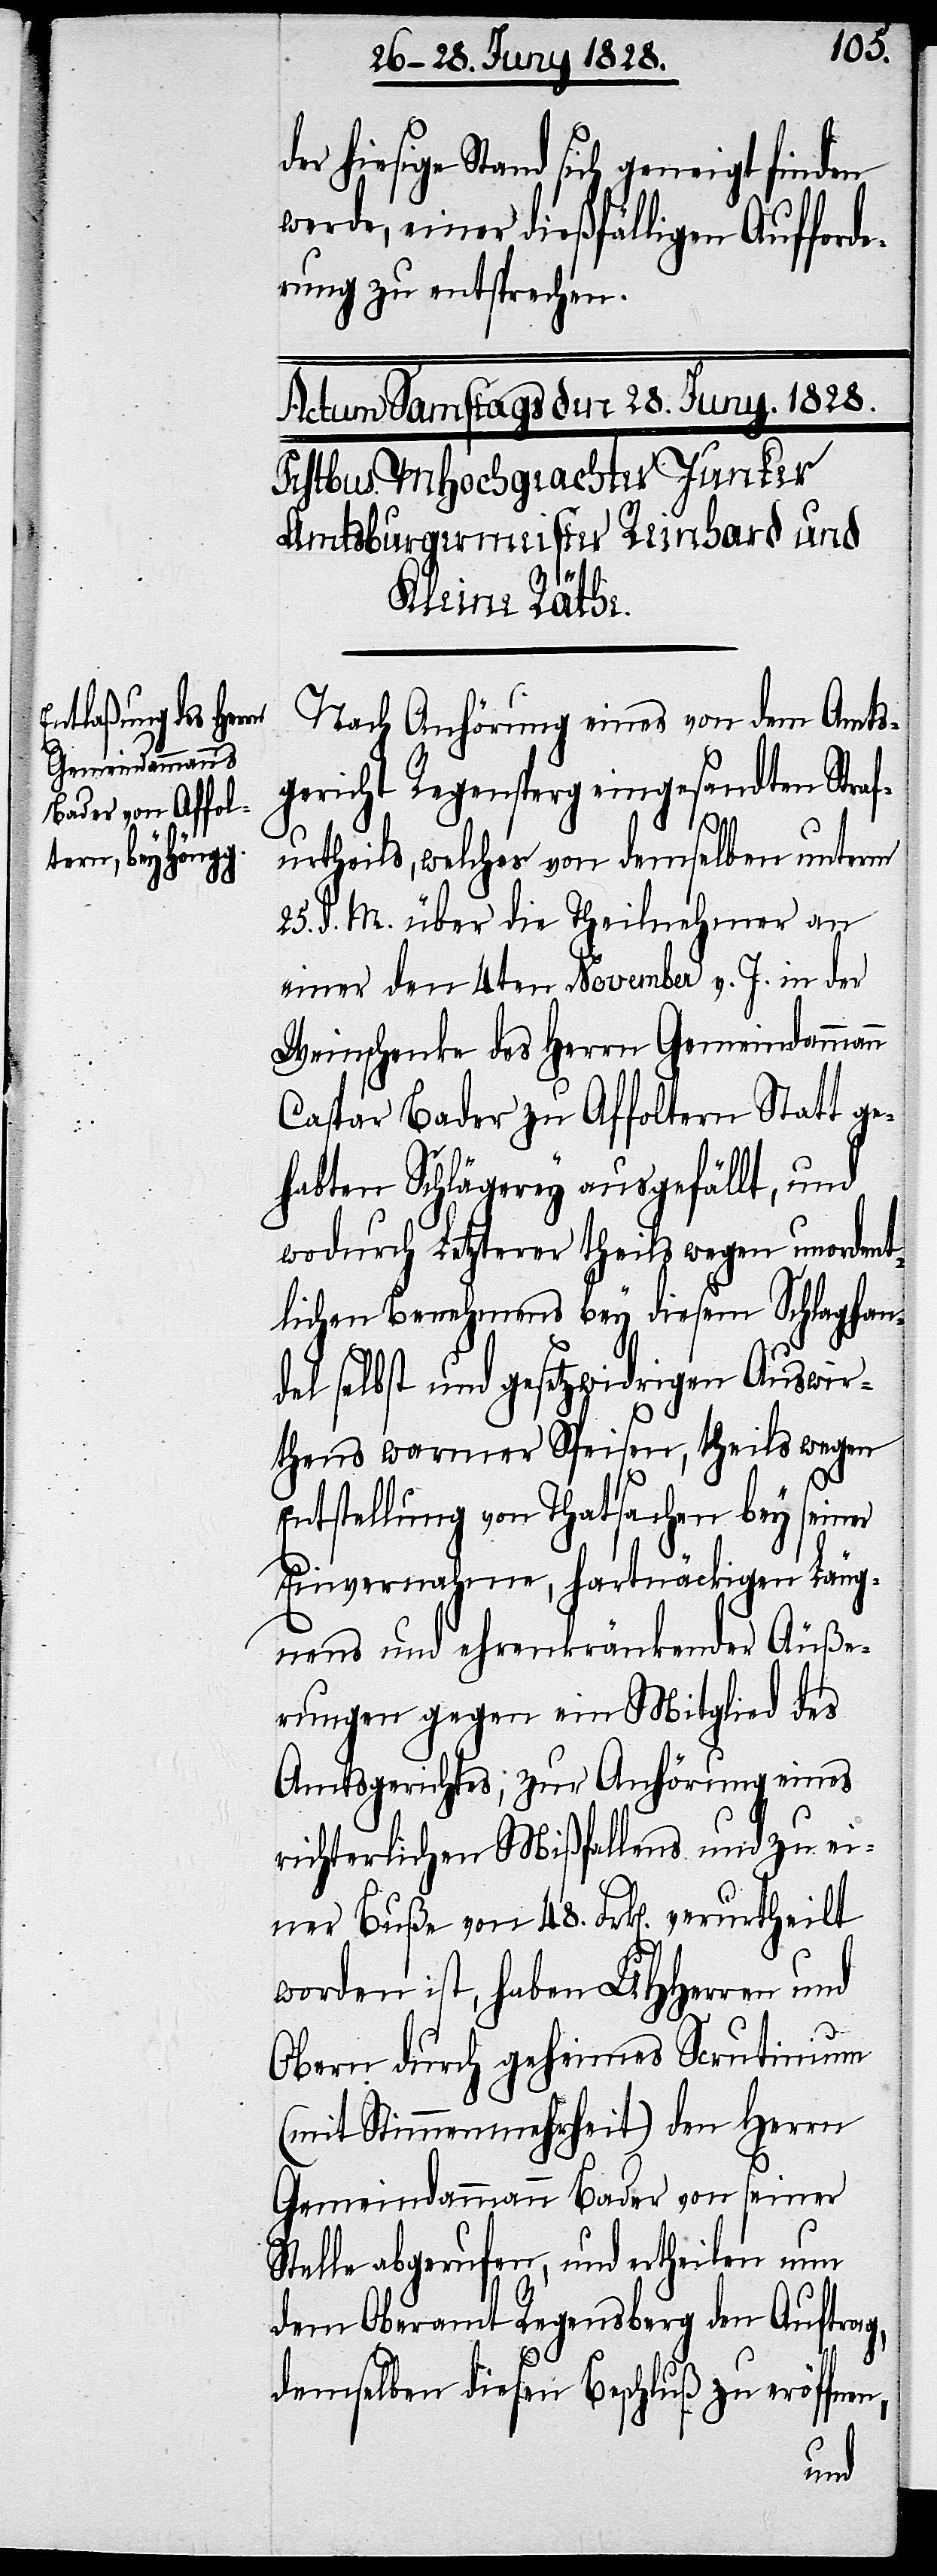
d¬

er hiesige Stand sich geneigt finden
werde, einer dießfälligen Aufforde¬
rung zu entsprechen.
Nach Anhörung eines von dem Amts¬
gericht Regensperg eingesandten Straf¬
urtheils, welches von demselben unterm
25. d. M. über die Theilnehmer an
einer den 4ten November v. J. in der
Weinschenke des Herrn Gemeindammann
Caspar Bader zu Affoltern Statt ge¬
habten Schlägerey ausgefällt, und
wodurch Letzterer theils wegen unordent¬
lichen Benehmens bey diesem Schlaghan¬
del selbst und gesetzwidrigen Auswir¬
thens warmer Speisen, theils wegen
Entstellung von Thatsachen bey seiner
Einvernahmen, hartnäckigen Läug¬
nens und ehrenkränkender Äuße¬
rungen gegen ein Mitglied des
Amtsgerichtes; zur Anhörung eines
richterlichen Mißfallens und zu ei¬
ner Buße von 48. Frk[en]. verurtheilt
worden ist, haben UHHerren und
Obern durch geheimes Scrutinium
(mit Stimmenmehrheit) den Herrn
Gemeindammann Bader von seiner
Stelle abgerufen, und ertheilen nun
dem Oberamt Regensberg den Auftrag,
demselben diesen Beschluß zu eröffnen,